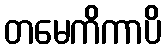
တမေကိကာပိ